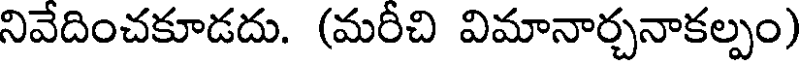
నివేదించకూడదు. (మరీచి విమానార్చనాకల్పం)